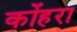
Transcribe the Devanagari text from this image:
कोंहरा